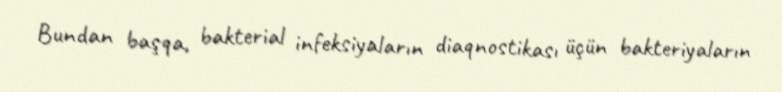
Bundan başqa, bakterial infeksiyaların diaqnostikası üçün bakteriyaların